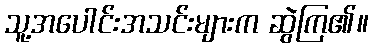
သူ့အပေါင်းအသင်းများက ဆွဲကြ၏။